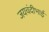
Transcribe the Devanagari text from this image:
जयचंदीभाई